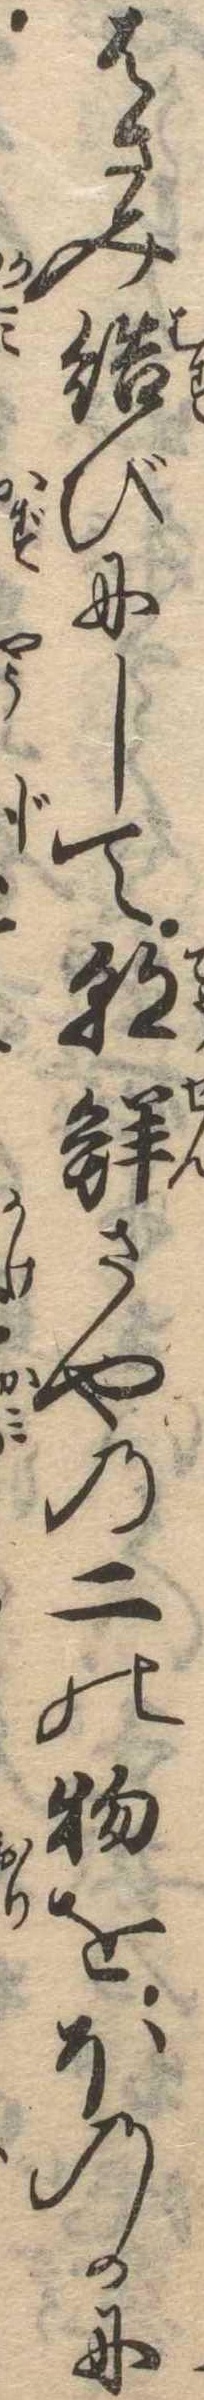
はさみ結びにして朝鮮さやの二の物をほのかに